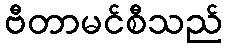
ဗီတာမင်စီသည်